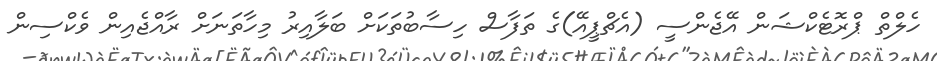
ހެލްތް ޕްރޮޓެކްޝަން އޭޖެންސީ (އެޗްޕީއޭ)ގެ ތަފާސް ހިސާބުތަކަށް ބަލާއިރު މިހާތަނަށް ރާއްޖެއިން ވެކްސިން